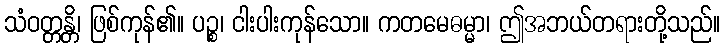
သံဝတ္တန္တိ၊ ဖြစ်ကုန်၏။ ပဉ္စ၊ ငါးပါးကုန်သော။ ကတမေဓမ္မာ၊ ဤအဘယ်တရားတို့သည်။